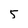
Character: 5